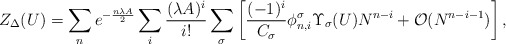
\begin{align*}Z_{\Delta} (U) =\sum_{n}e^{-\frac{ n \lambda A}{2} }\sum_{i}\frac{(\lambda A)^i}{i!}\sum_{\sigma}\left[\frac{(-1)^i}{C_{\sigma}} \phi^{\sigma}_{n,i}\Upsilon_{\sigma} (U) N^{n - i}+ {\cal O}( N^{n - i - 1} ) \right],\end{align*}